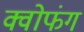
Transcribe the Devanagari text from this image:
क्वोफंग